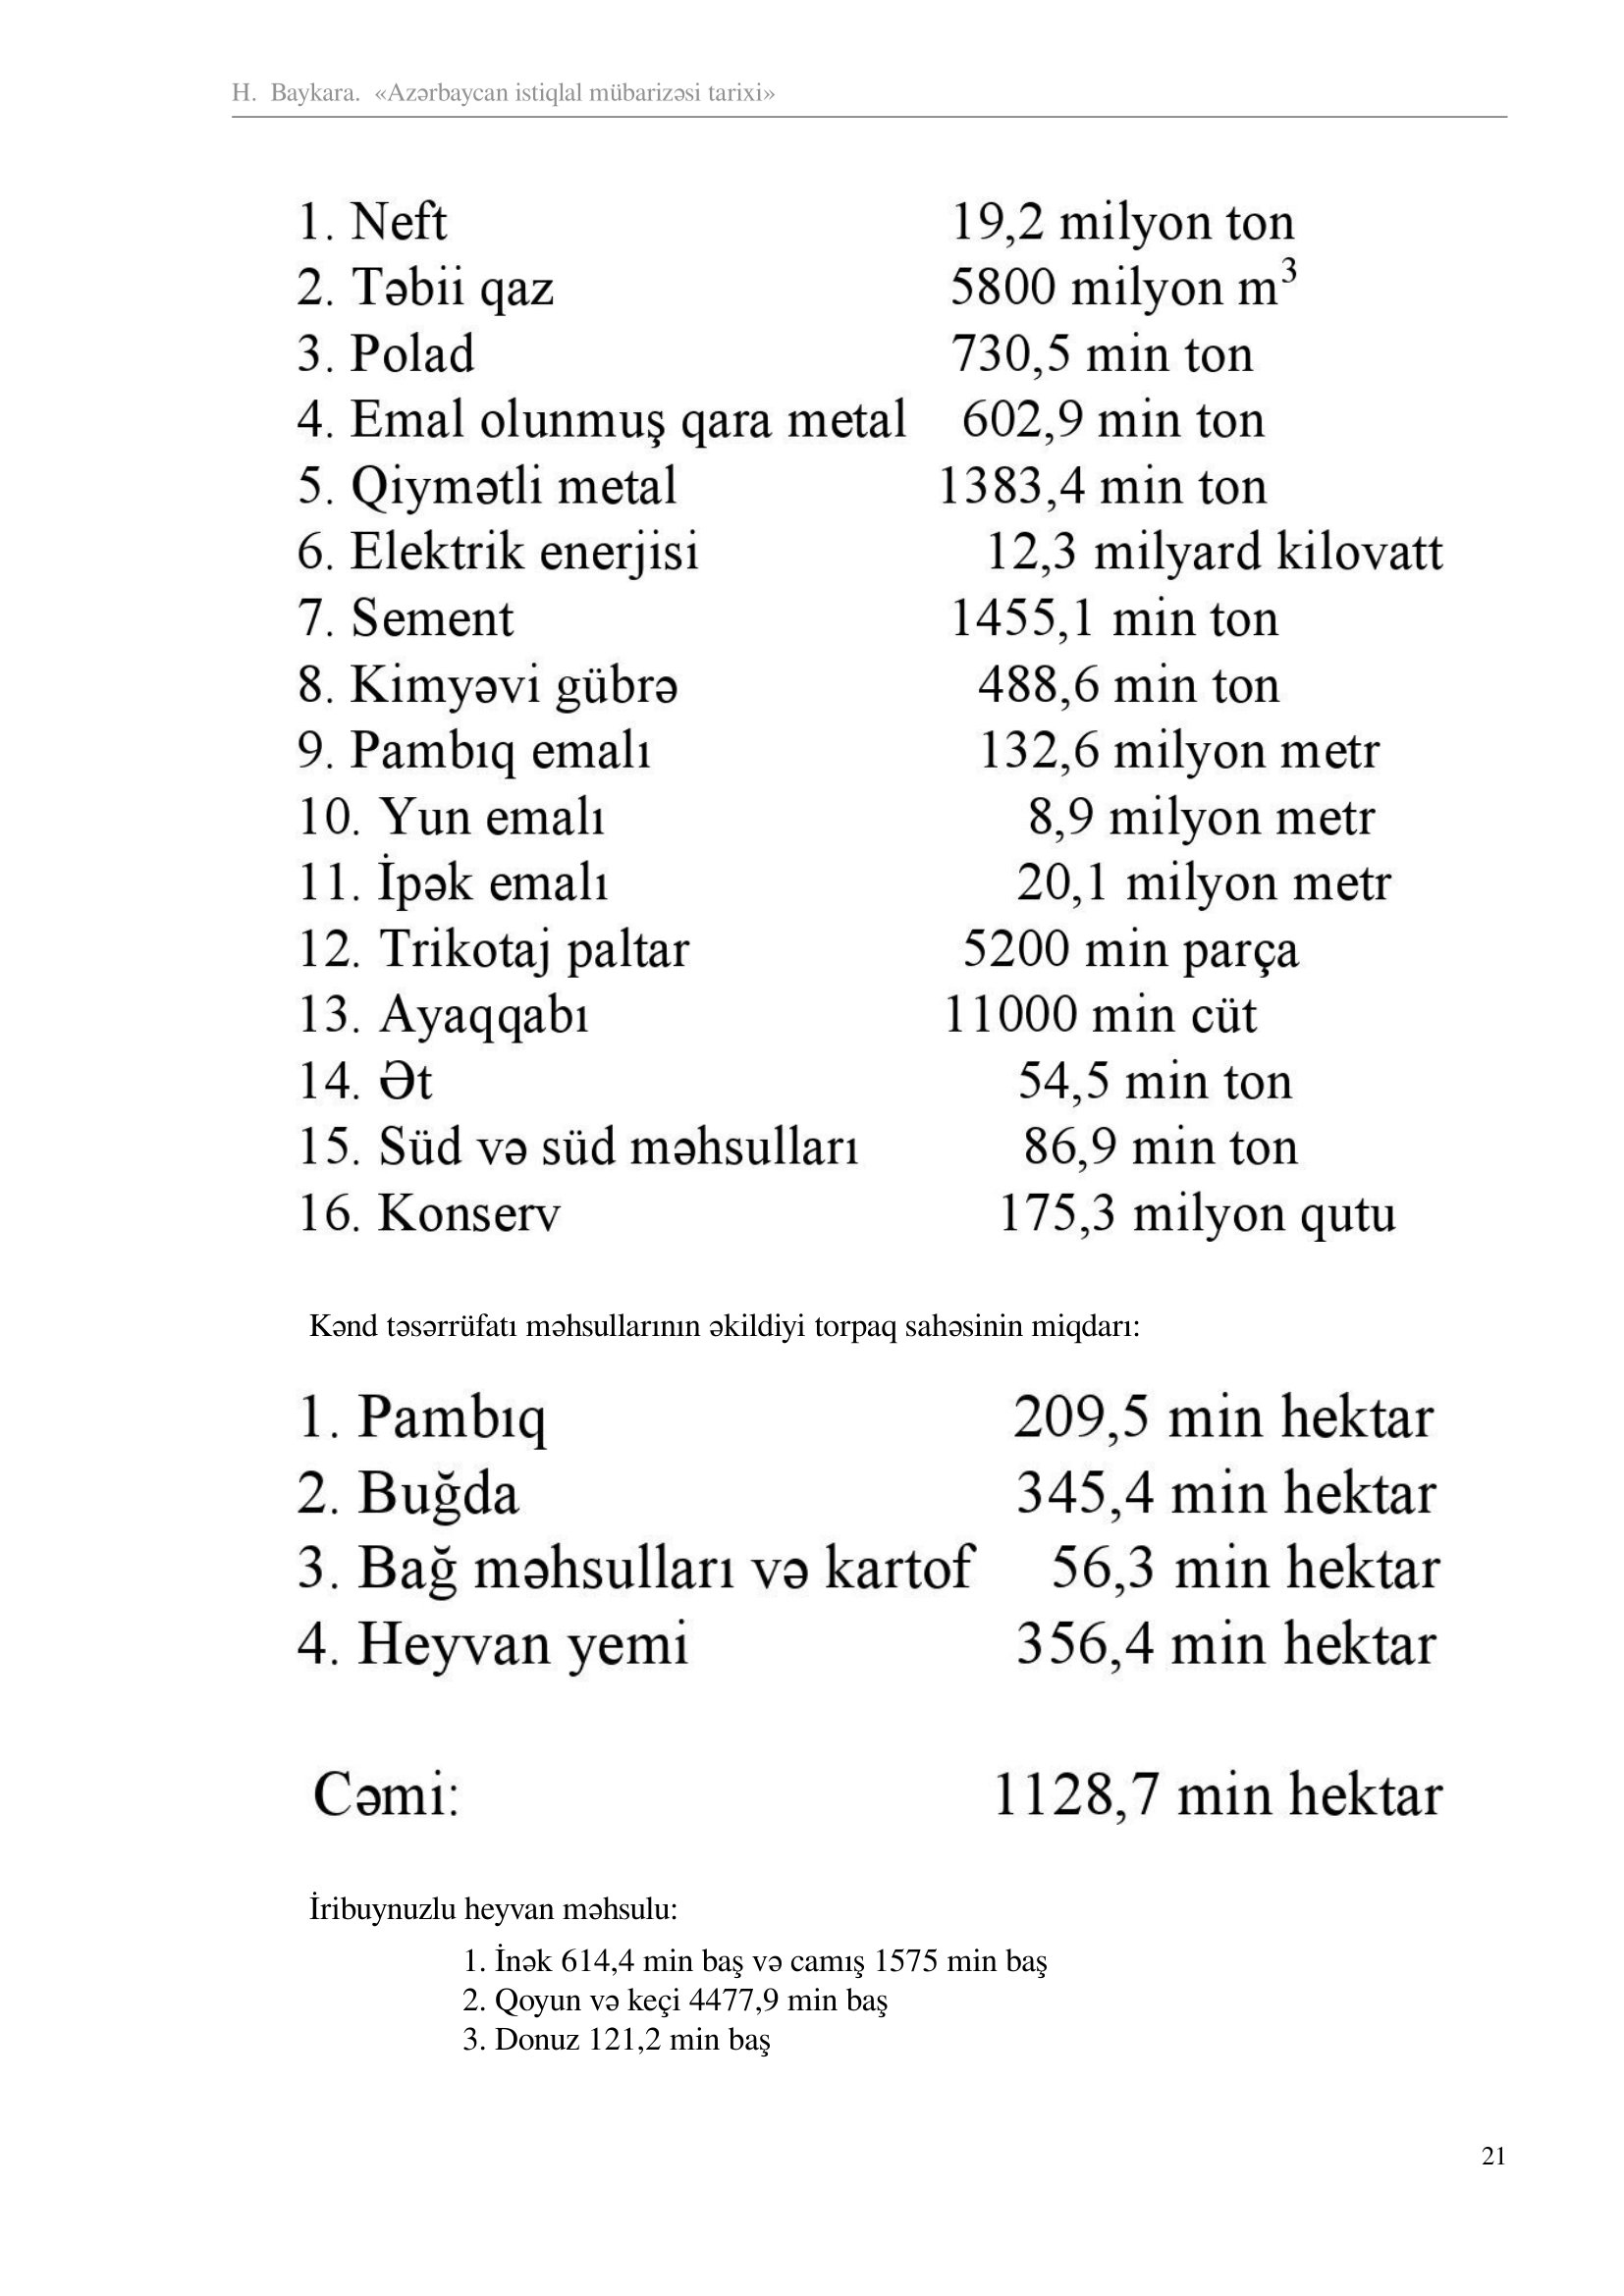
Language: az